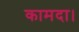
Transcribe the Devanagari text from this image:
कामदा।